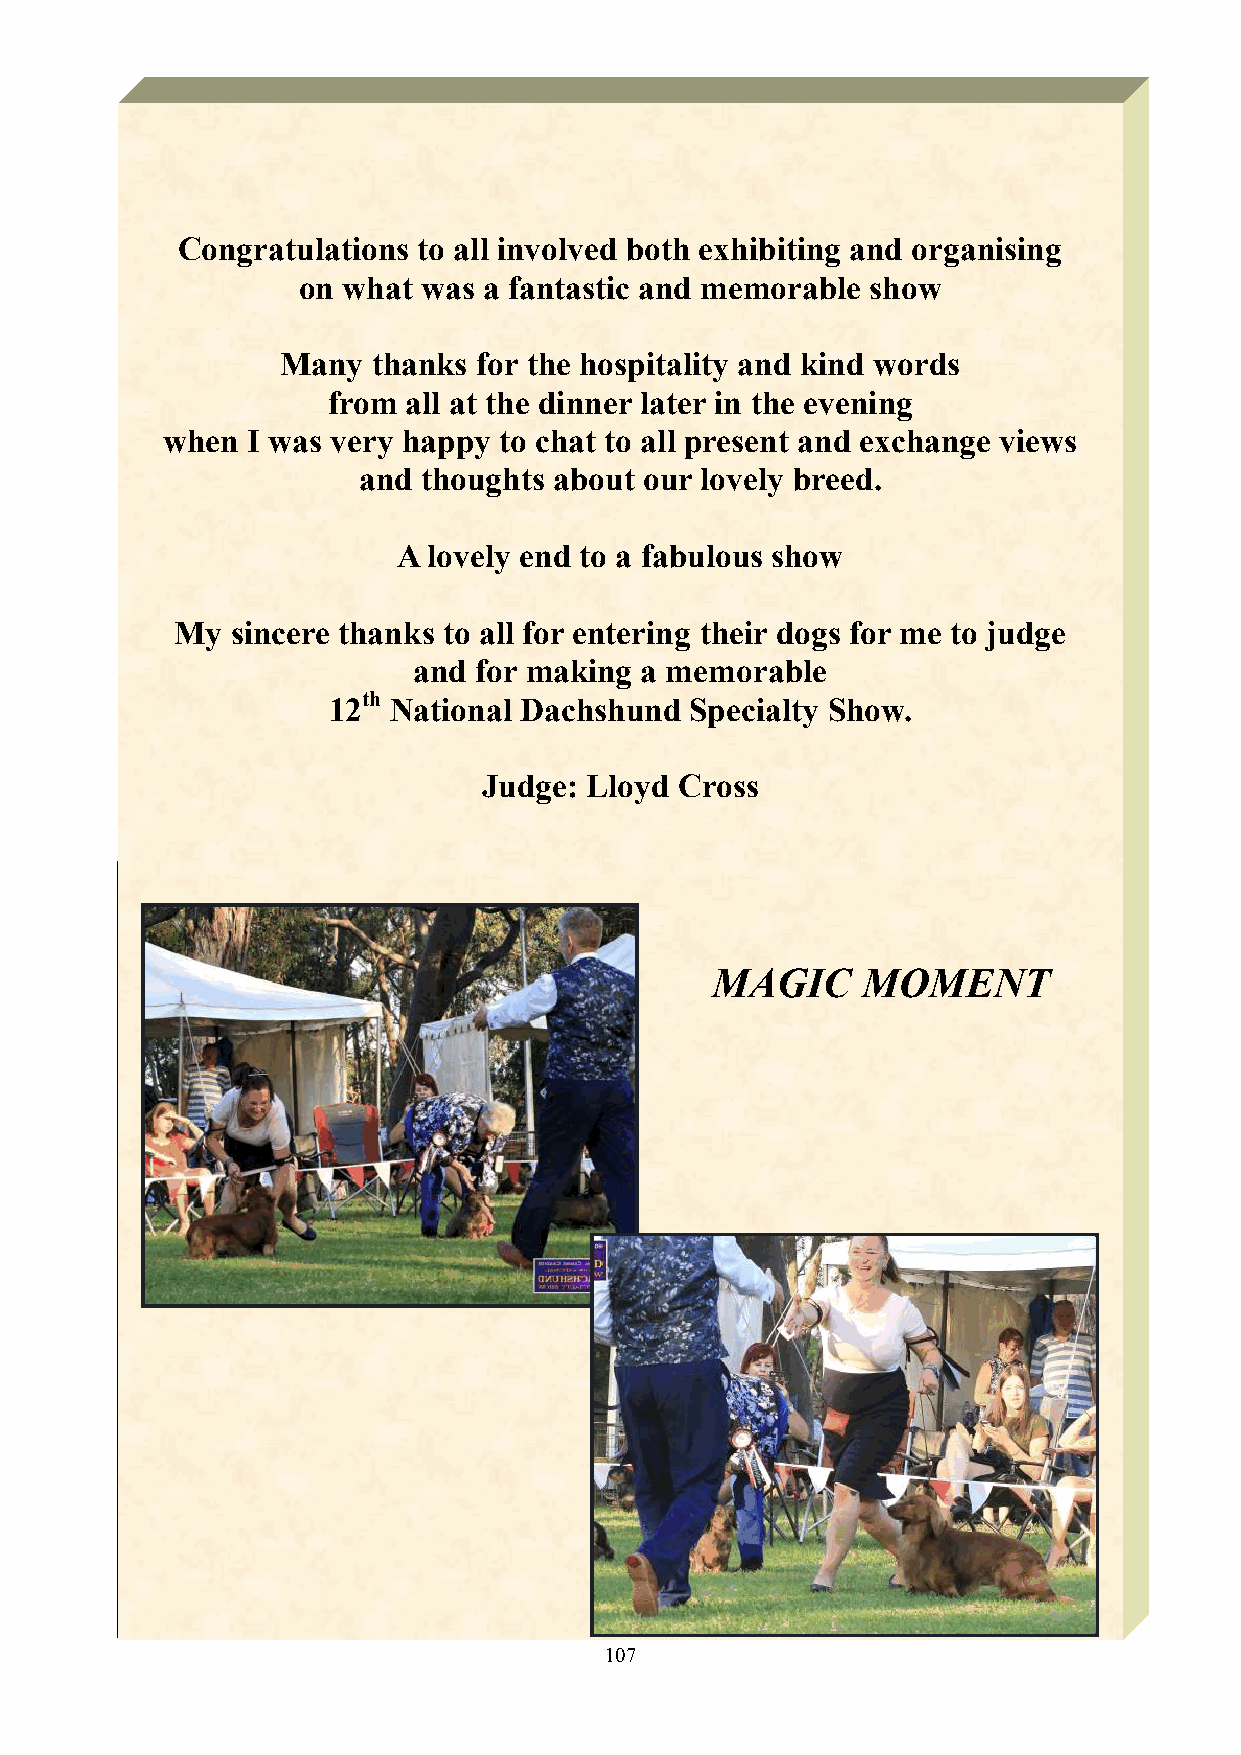
12th National Dachshund Specialty Show Critique
 Congratulations to all involved both exhibiting and organising
 on what was a fantastic and memorable show
 Many  thanks for the hospitality and kind words
 from all at the dinner later in the evening
 when I was very happy to chat to all present and exchange views
 and thoughts about our lovely breed.
 A lovely end to a fabulous show
 My sincere thanks to all for entering their dogs for me to judge
 and for making a memorable
 12th National Dachshund Specialty Show.
 Judge: Lloyd Cross
 T
 MAGIC     MOMENT
 107